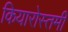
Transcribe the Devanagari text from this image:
कियारोस्तमी